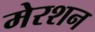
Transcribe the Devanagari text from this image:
मेरशन